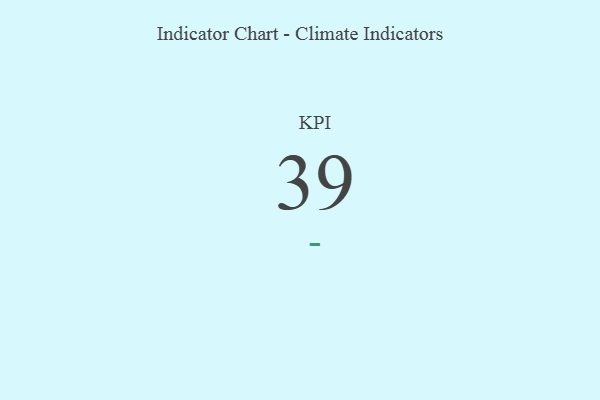
{"axis": {"x": "KPI", "y": "Value"}, "legend": [""], "data": [{"x": "KPI", "y": 39, "type": ""}]}